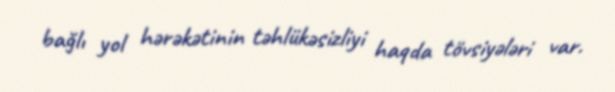
bağlı yol hərəkətinin təhlükəsizliyi haqda tövsiyələri var.